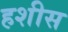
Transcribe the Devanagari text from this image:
हशीस